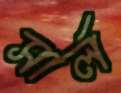
সার্ল